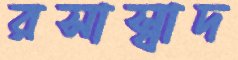
রসাস্বাদ